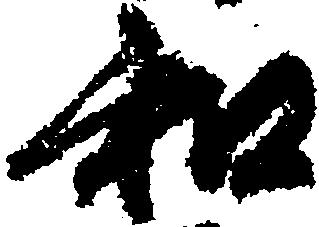
和